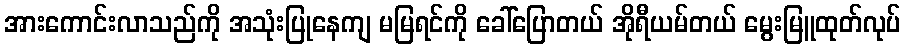
အားကောင်းလာသည်ကို အသုံးပြုနေကျ မမြရင်ကို ခေါ်ပြောတယ် အိုရီယမ်တယ် မွေးမြူထုတ်လုပ်